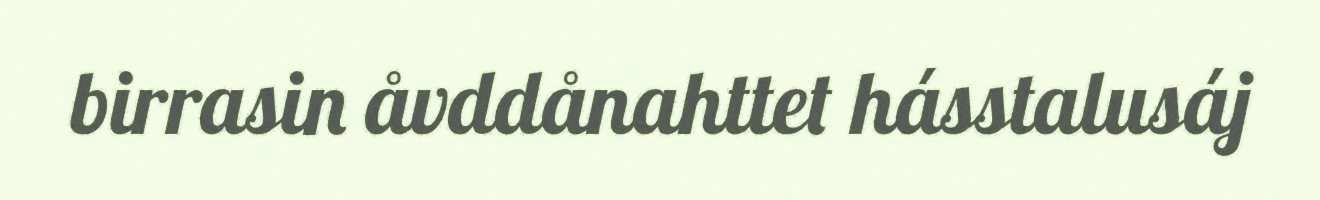
birrasin åvddånahttet hásstalusáj